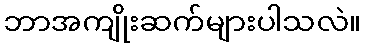
ဘာအကျိုးဆက်များပါသလဲ။